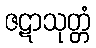
ဇဋာသုတ္တံ